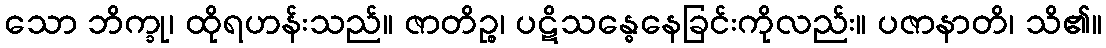
သော ဘိက္ခု၊ ထိုရဟန်းသည်။ ဇာတိဉ္စ၊ ပဋိသန္ဓေနေခြင်းကိုလည်း။ ပဇာနာတိ၊ သိ၏။